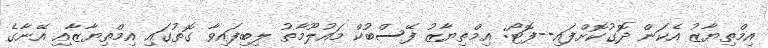
އިމްތިޔާޒު އެކަން ދޮގުކޮށްފައި--ފޮޓޯ: އިމްތިޔާޒު ފޭސްބުކް މައުލޫމާތު ލިބިފައިވާ ގޮތުގައި އިމްތިޔާޒާއި އޭނާގެ